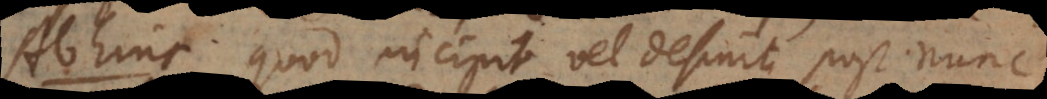
Abhinc quod incipit vel desinit post nunc